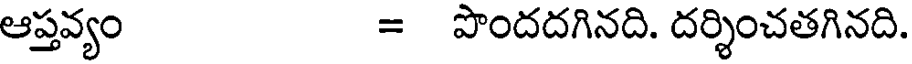
ఆప్తవ్యం = పొందదగినది. దర్శించతగినది.